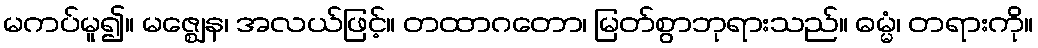
မကပ်မူ၍။ မဇ္ဈေန၊ အလယ်ဖြင့်။ တထာဂတော၊ မြတ်စွာဘုရားသည်။ ဓမ္မံ၊ တရားကို။